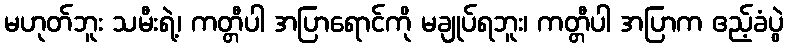
မဟုတ်ဘူး သမီးရဲ့၊ ကတ္တီပါ အပြာရောင်ကို မချုပ်ရဘူး၊ ကတ္တီပါ အပြာက ဧည့်ခံပွဲ